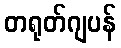
တရုတ်ဂျပန်